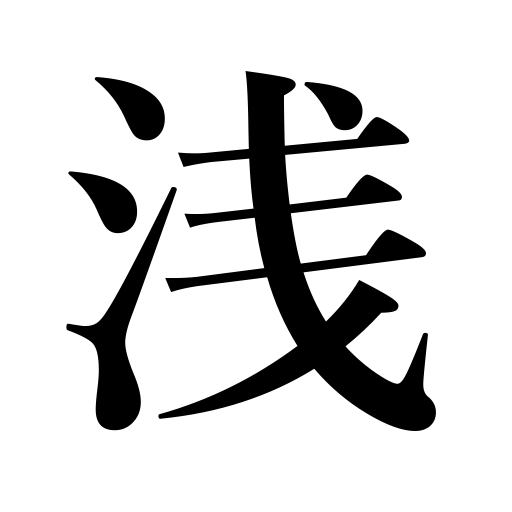
Meanings: short time,superficial,light color,slight connection,pale,shallow